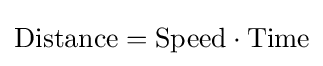
\mathrm {Distance} =\mathrm {Speed} \cdot \mathrm {Time}